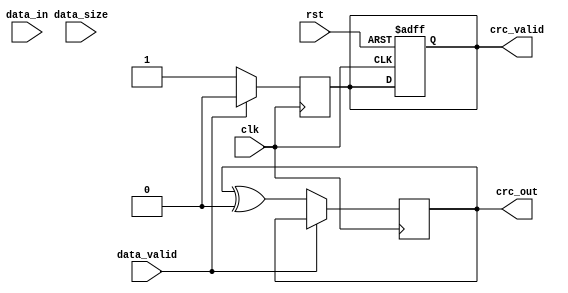
module parameterized_crc #(
    parameter CRC_WIDTH = 32,               // Width of the CRC output
    parameter POLYNOMIAL = 32'h04C11DB7,    // Polynomial used for CRC calculation
    parameter INIT_VALUE = 32'hFFFFFFFF,     // Initial value for CRC calculation
    parameter REFLECT_INPUT = 1'b0,          // Reflect input bytes
    parameter REFLECT_OUTPUT = 1'b0,         // Reflect final CRC output
    parameter FINAL_XOR = 32'h00000000       // Final XOR value
)(
    input wire clk,                          // Clock signal
    input wire rst,                          // Reset signal
    input wire [7:0] data_in,                // Input data stream (byte-wide)
    input wire data_valid,                   // Signal indicating valid data
    input wire [31:0] data_size,            // Size of the data block (if applicable)
    output reg [CRC_WIDTH-1:0] crc_out,     // Computed CRC value
    output reg crc_valid                     // Signal indicating CRC output is valid
);

    reg [CRC_WIDTH-1:0] crc_reg;            // Current CRC value
    reg [7:0] data_buffer;                   // Buffer for incoming data
    integer bit_counter;                     // Counter for bits processed

    // Function to reflect bits
    function [7:0] reflect_input;
        input [7:0] data;
        integer i;
        begin
            reflect_input = 0;
            for (i = 0; i < 8; i = i + 1) begin
                reflect_input[i] = data[7 - i];
            end
        end
    endfunction

    function [CRC_WIDTH-1:0] reflect_output;
        input [CRC_WIDTH-1:0] crc;
        integer i;
        begin
            reflect_output = 0;
            for (i = 0; i < CRC_WIDTH; i = i + 1) begin
                reflect_output[i] = crc[CRC_WIDTH-1 - i];
            end
        end
    endfunction

    // CRC computation process
    always @(posedge clk or posedge rst) begin
        if (rst) begin
            crc_reg <= INIT_VALUE;
            crc_valid <= 1'b0;
            bit_counter <= 0;
        end else if (data_valid) begin
            // Reflect input if needed
            data_buffer <= REFLECT_INPUT ? reflect_input(data_in) : data_in;

            // Process each bit of the input data
            for (bit_counter = 0; bit_counter < 8; bit_counter = bit_counter + 1) begin
                // Shift CRC register and XOR with polynomial if necessary
                crc_reg <= {crc_reg[CRC_WIDTH-2:0], 1'b0}; // Shift left
                if ((crc_reg[CRC_WIDTH-1] ^ data_buffer[bit_counter]) == 1'b1) begin
                    crc_reg <= crc_reg ^ POLYNOMIAL;
                end
            end
        end
    end

    // Final CRC output processing
    always @(posedge clk) begin
        if (!data_valid) begin
            // Reflect output if needed
            crc_out <= REFLECT_OUTPUT ? reflect_output(crc_reg) : crc_reg;
            // Apply final XOR
            crc_out <= crc_out ^ FINAL_XOR;
            crc_valid <= 1'b1; // Indicate CRC output is valid
        end else begin
            crc_valid <= 1'b0; // Reset valid signal if data is still being processed
        end
    end

endmodule